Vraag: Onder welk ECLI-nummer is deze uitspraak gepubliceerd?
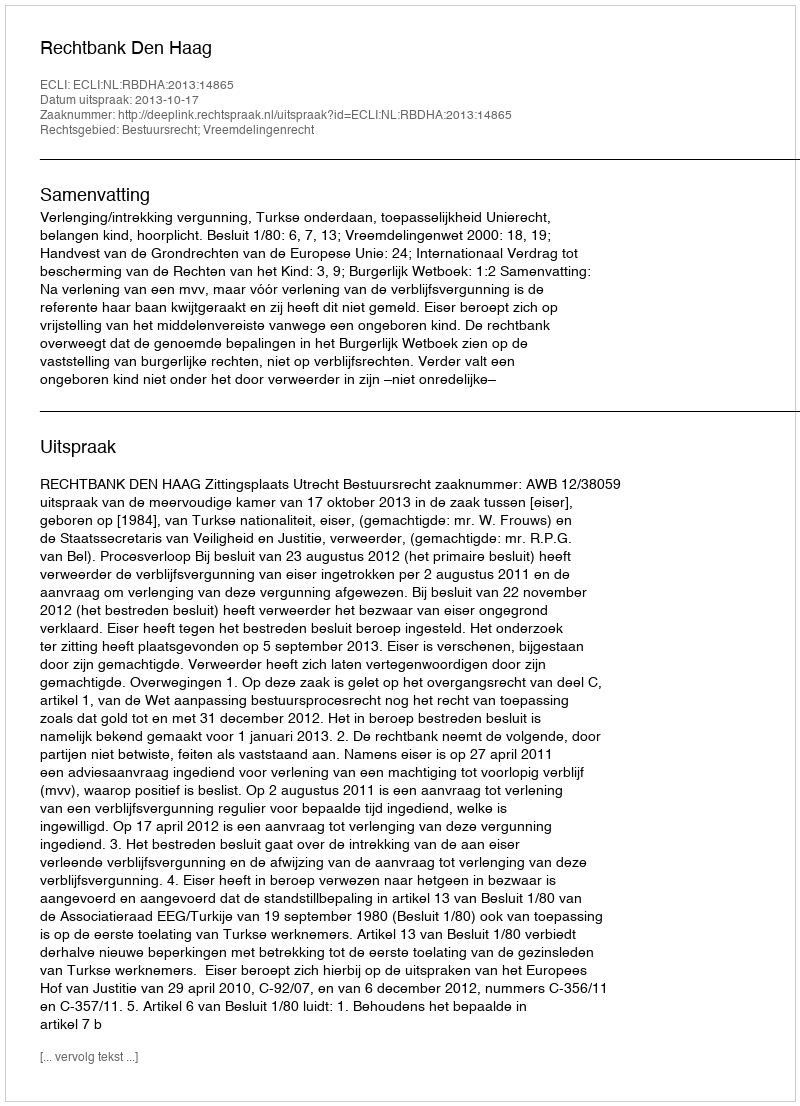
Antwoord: ECLI:NL:RBDHA:2013:14865